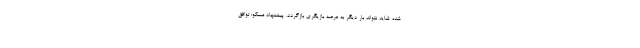
شده شاید نتواند بار دیگر به عرصه بازیگری بازگردد. پیشنهاد مسکو: توافق